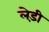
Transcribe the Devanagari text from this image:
लेड़ी